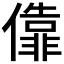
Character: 𫣶